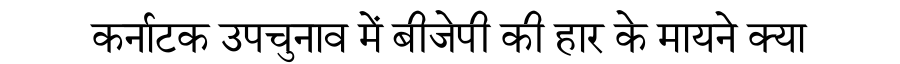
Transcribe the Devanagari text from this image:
कर्नाटक उपचुनाव में बीजेपी की हार के मायने क्या